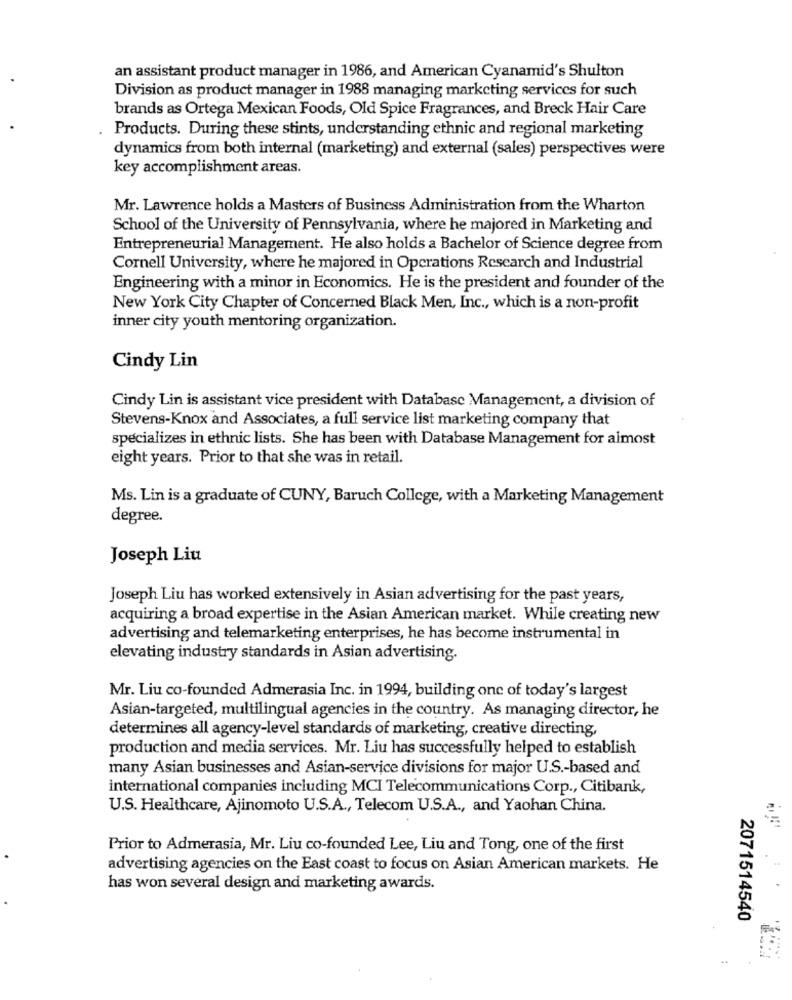
an assistant product manager in 1986, and American Cyanamid's Shulton
Division as product manager in 1988 managing marketing services for such
brands as Ortega Mexican Foods, Old Spice Fragrances, and Breck Hair Care
Products. During these stints, understanding ethnic and regional marketing
dynamics from both internal (marketing) and external (sales) perspectives were
key accomplishment areas.
Mr. Lawrence holds a Masters of Business Administration from the Wharton
School of the University of Pennsylvania, where he majored in Marketing and
Entrepreneurial Management. He also holds a Bachelor of Science degree from
Cornell University, where he majored in Operations Research and Industrial
Engineering with a minor in Economics. He is the president and founder of the
New York City Chapter of Concerned Black Men, Inc ., which is a non-profit
inner city youth mentoring organization.
Cindy Lin
Cindy Lin is assistant vice president with Database Management, a division of
Stevens-Knox and Associates, a full service list marketing company that
specializes in ethnic lists. She has been with Database Management for almost
eight years. Prior to that she was in retail.
Ms. Lin is a graduate of CUNY, Baruch College, with a Marketing Management
degree.
Joseph Liu
Joseph Liu has worked extensively in Asian advertising for the past years,
acquiring a broad expertise in the Asian American market. While creating new
advertising and telemarketing enterprises, he has become instrumental in
elevating industry standards in Asian advertising.
Mr. Liu co-founded Admerasia Inc. in 1994, building one of today's largest
Asian-targeted, multilingual agencies in the country. As managing director, he
determines all agency-level standards of marketing, creative directing,
production and media services. Mr. Liu has successfully helped to establish
many Asian businesses and Asian-service divisions for major U.S .- based and
international companies including MCI Telecommunications Corp ., Citibank,
U.S. Healthcare, Ajinomoto U.S.A ., Telecom U.S.A ., and Yaohan China.
Prior to Admerasia, Mr. Liu co-founded Lee, Liu and Tong, one of the first
advertising agencies on the East coast to focus on Asian American markets. He
has won several design and marketing awards.
2071514540
..